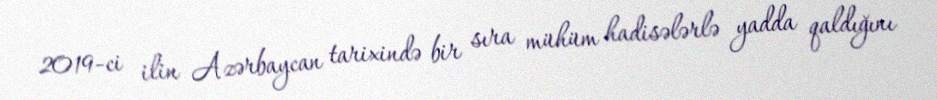
2019-ci ilin Azərbaycan tarixində bir sıra mühüm hadisələrlə yadda qaldığını